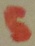
Text: 5